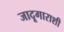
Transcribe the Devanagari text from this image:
जादूगाराशी